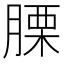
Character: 𦞰